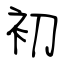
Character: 初